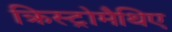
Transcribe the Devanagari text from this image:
क्रिस्ट्रोमैथिए